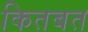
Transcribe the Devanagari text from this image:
कितबत